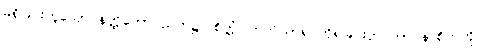
မရှိခြင်းဟူသော နတ္ထိဘောပညတ်၌။ စိတ္တံ၊ တတိယာရုပ္ပကိုရခြင်းငှာ ဘာဝနာစိတ်ကို။